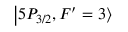
\left\lvert 5 P _ { 3 / 2 } , F ^ { \prime } = 3 \right\rangle